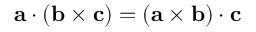
\mathbf { a } \cdot ( \mathbf { b } \times \mathbf { c } ) = ( \mathbf { a } \times \mathbf { b } ) \cdot \mathbf { c }